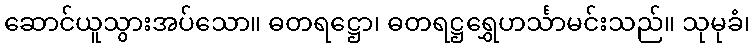
ဆောင်ယူသွားအပ်သော။ ဓတရဋ္ဌော၊ ဓတရဋ္ဌရွှေဟင်္သာမင်းသည်။ သုမုခံ၊